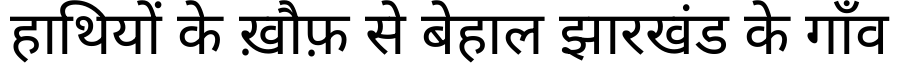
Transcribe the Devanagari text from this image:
हाथियों के ख़ौफ़ से बेहाल झारखंड के गाँव